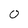
Character: o